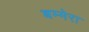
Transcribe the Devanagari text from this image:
बम्मेरा